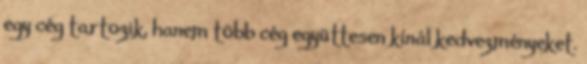
egy cég tartozik, hanem több cég együttesen kínál kedvezményeket.